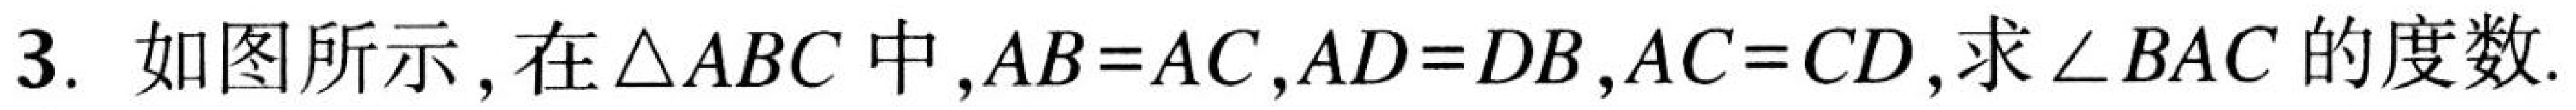
3. 如图所示, 在$\triangle ABC$中,$AB = AC,AD = DB,AC = CD$, 求$\angle BAC$的度数.